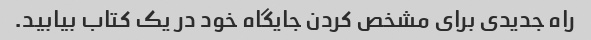
راه جدیدی برای مشخص کردن جایگاه خود در یک کتاب بیابید.